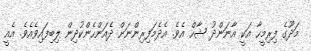
މަދޫގެ ފިރިމީހާ އަކީ އާނަންދު ޝާހް އެވެ. އެދެމަފިރިންނަށް ދެއަންހެންކުދިން ލިބިފައިވެއެވެ. އެއީ